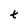
Character: t